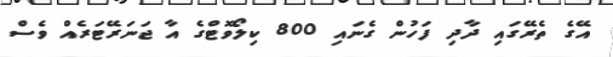
އޭގެ ތެރޭގައި ދާދި ފަހުން ގެނައި 800 ކިލޯވޮޓްގެ އާ ޖަނަރޭޓަރެއް ވެސް